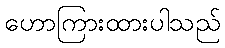
ဟောကြားထားပါသည်